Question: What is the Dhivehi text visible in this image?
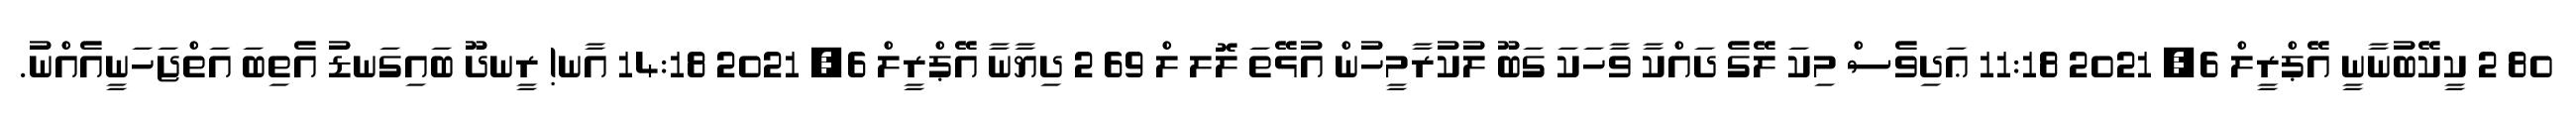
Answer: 80 2 ކީކޭބުނާނީ އޭޕްރީލް 6, 2021 11:18 ޢަދިވެސް މިކަ ލޭގެ ދައްކާ ވާހަކަ ގަބޫ ލުކުރާމީހުން އުޅޭތަ ލޮލ ލް 69 2 ދިޔާނާ އޭޕްރީލް 6, 2021 14:18 އާނ! ރީނދޫ ބައިގަނޑު އެތިބަ އަތްޖަހަނީއެއްނު.